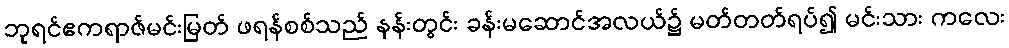
ဘုရင်ဧကရာဇ်မင်းမြတ် ဖရန်စစ်သည် နန်းတွင်း ခန်းမဆောင်အလယ်၌ မတ်တတ်ရပ်၍ မင်းသား ကလေး